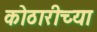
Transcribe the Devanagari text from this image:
कोठारीच्या